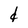
Character: d